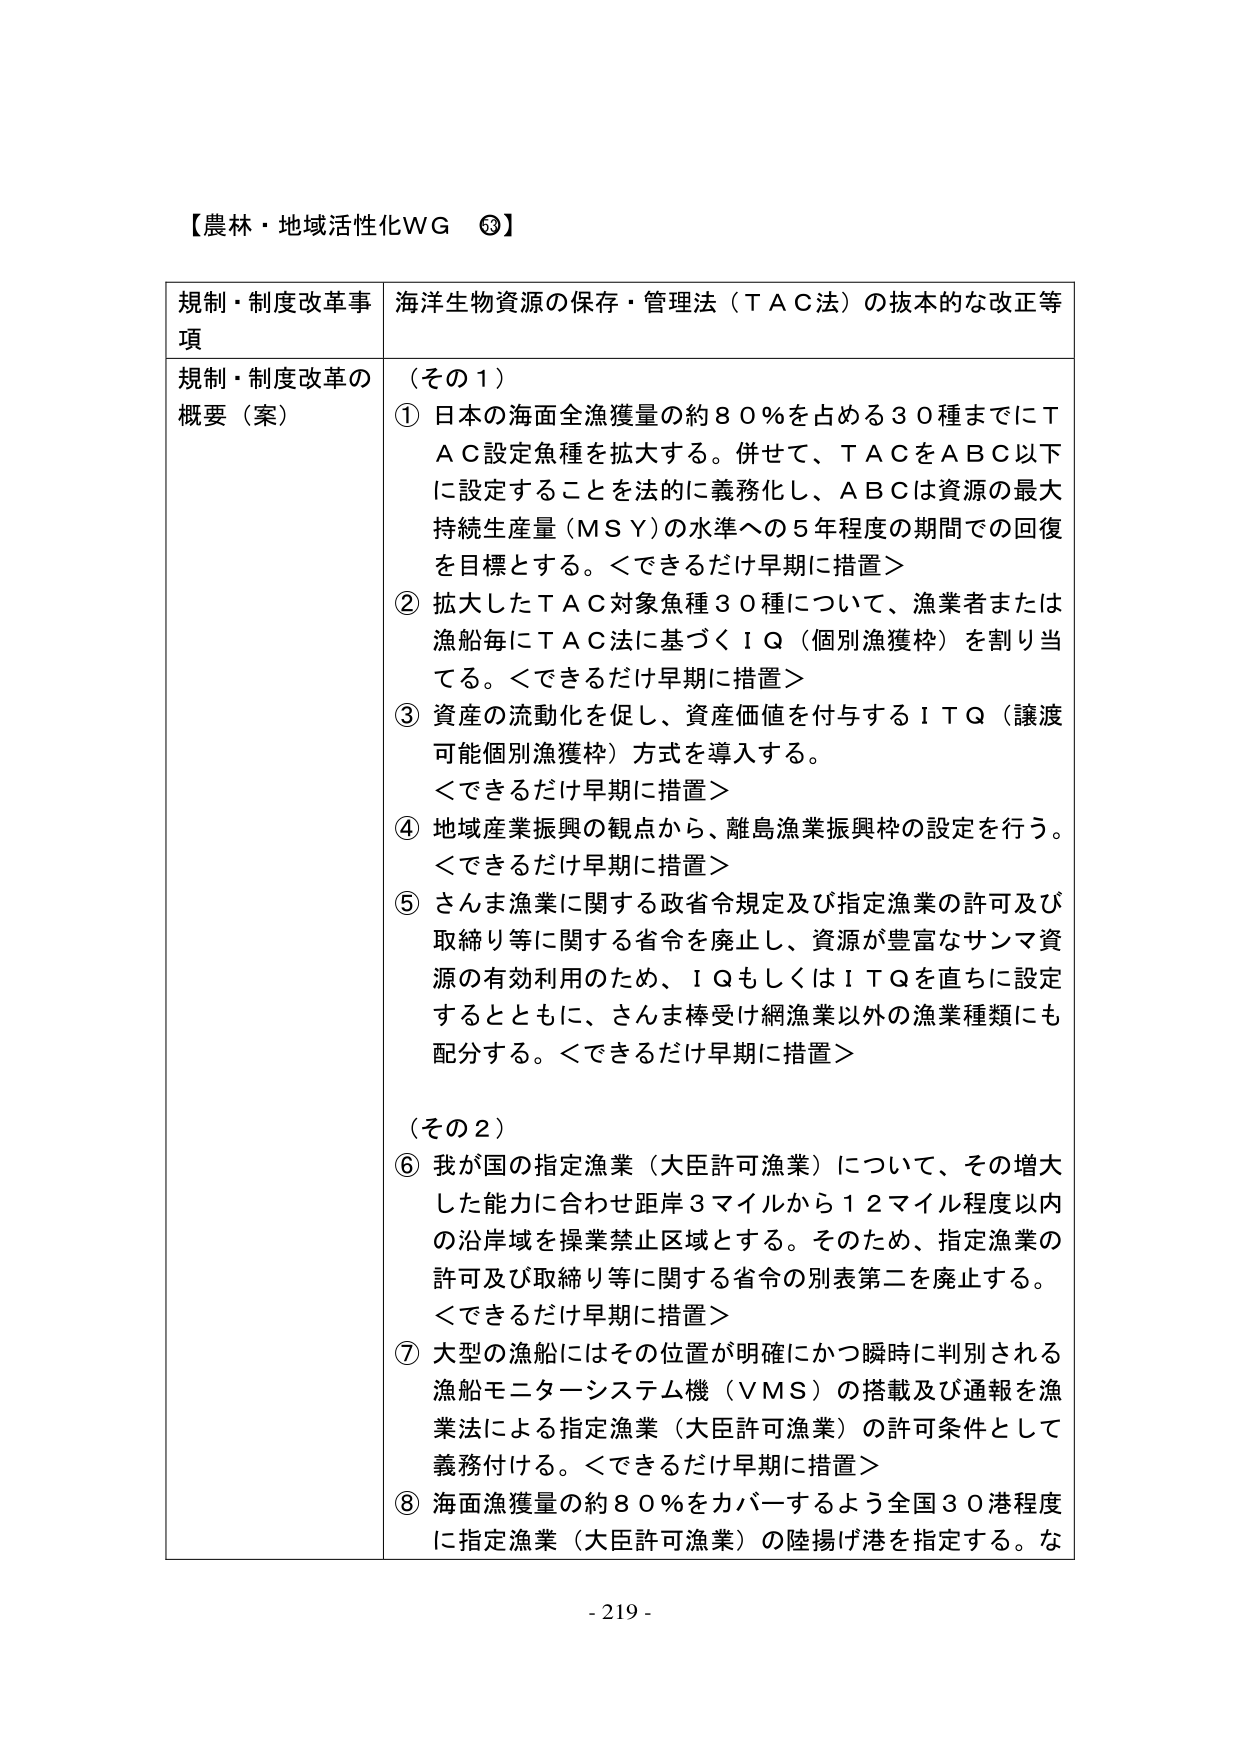
【農林・地域活性化ＷＧ ③】

規制・制度改革事項　海洋生物資源の保存・管理法（ＴＡＣ法）の抜本的な改正等

規制・制度改革の概要（案）　（その１）
① 日本の海面全漁獲量の約８０％を占める３０種までにＴＡＣ設定魚種を拡大する。併せて、ＴＡＣをＡＢＣ以下に設定することを法的に義務化し、ＡＢＣは資源の最大持続生産量（ＭＳＹ）の水準への５年程度の期間での回復を目標とする。＜できるだけ早期に措置＞
② 拡大したＴＡＣ対象魚種３０種について、漁業者または漁船毎にＴＡＣ法に基づくＩＱ（個別漁獲枠）を割り当てる。＜できるだけ早期に措置＞
③ 資産の流動化を促し、資産価値を付与するＩＴＱ（譲渡可能個別漁獲枠）方式を導入する。＜できるだけ早期に措置＞
④ 地域産業振興の観点から、離島漁業振興枠の設定を行う。＜できるだけ早期に措置＞
⑤ さんま漁業に関する政省令規定及び指定漁業の許可及び取締り等に関する省令を廃止し、資源が豊富なサンマ資源の有効利用のため、ＩＱもしくはＩＴＱを直ちに設定するとともに、さんま棒受け網漁業以外の漁業種類にも配分する。＜できるだけ早期に措置＞

（その２）
⑥ 我が国の指定漁業（大臣許可漁業）について、その増大した能力に合わせ距岸３マイルから１２マイル程度以内の沿岸域を操業禁止区域とする。そのため、指定漁業の許可及び取締り等に関する省令の別表第二を廃止する。＜できるだけ早期に措置＞
⑦ 大型の漁船にはその位置が明確にかつ瞬時に判別される漁船モニターシステム機（ＶＭＳ）の搭載及び通報を漁業法による指定漁業（大臣許可漁業）の許可条件として義務付ける。＜できるだけ早期に措置＞
⑧ 海面漁獲量の約８０％をカバーするよう全国３０港程度に指定漁業（大臣許可漁業）の陸揚げ港を指定する。な

- 219 -